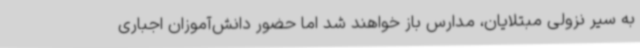
به سیر نزولی مبتلایان، مدارس باز خواهند شد اما حضور دانش‌آموزان اجباری